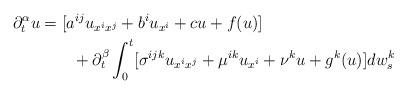
LaTeX: \begin{align*}\partial_{t}^{\alpha}u & =[a^{ij}u_{x^{i}x^{j}}+b^{i}u_{x^{i}}+cu+f(u)] \\ & \qquad+\partial_{t}^{\beta}\int_{0}^{t}[\sigma^{ijk}u_{x^{i}x^{j}}+\mu^{ik}u_{x^{i}}+\nu^{k}u+g^{k}(u)]dw_{s}^{k} \end{align*}